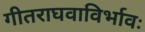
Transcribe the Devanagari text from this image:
गीतराघवाविर्भावः